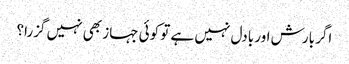
اگر بارش اور بادل نہیں ہے تو کوئی جہاز بھی نہیں گزرا؟